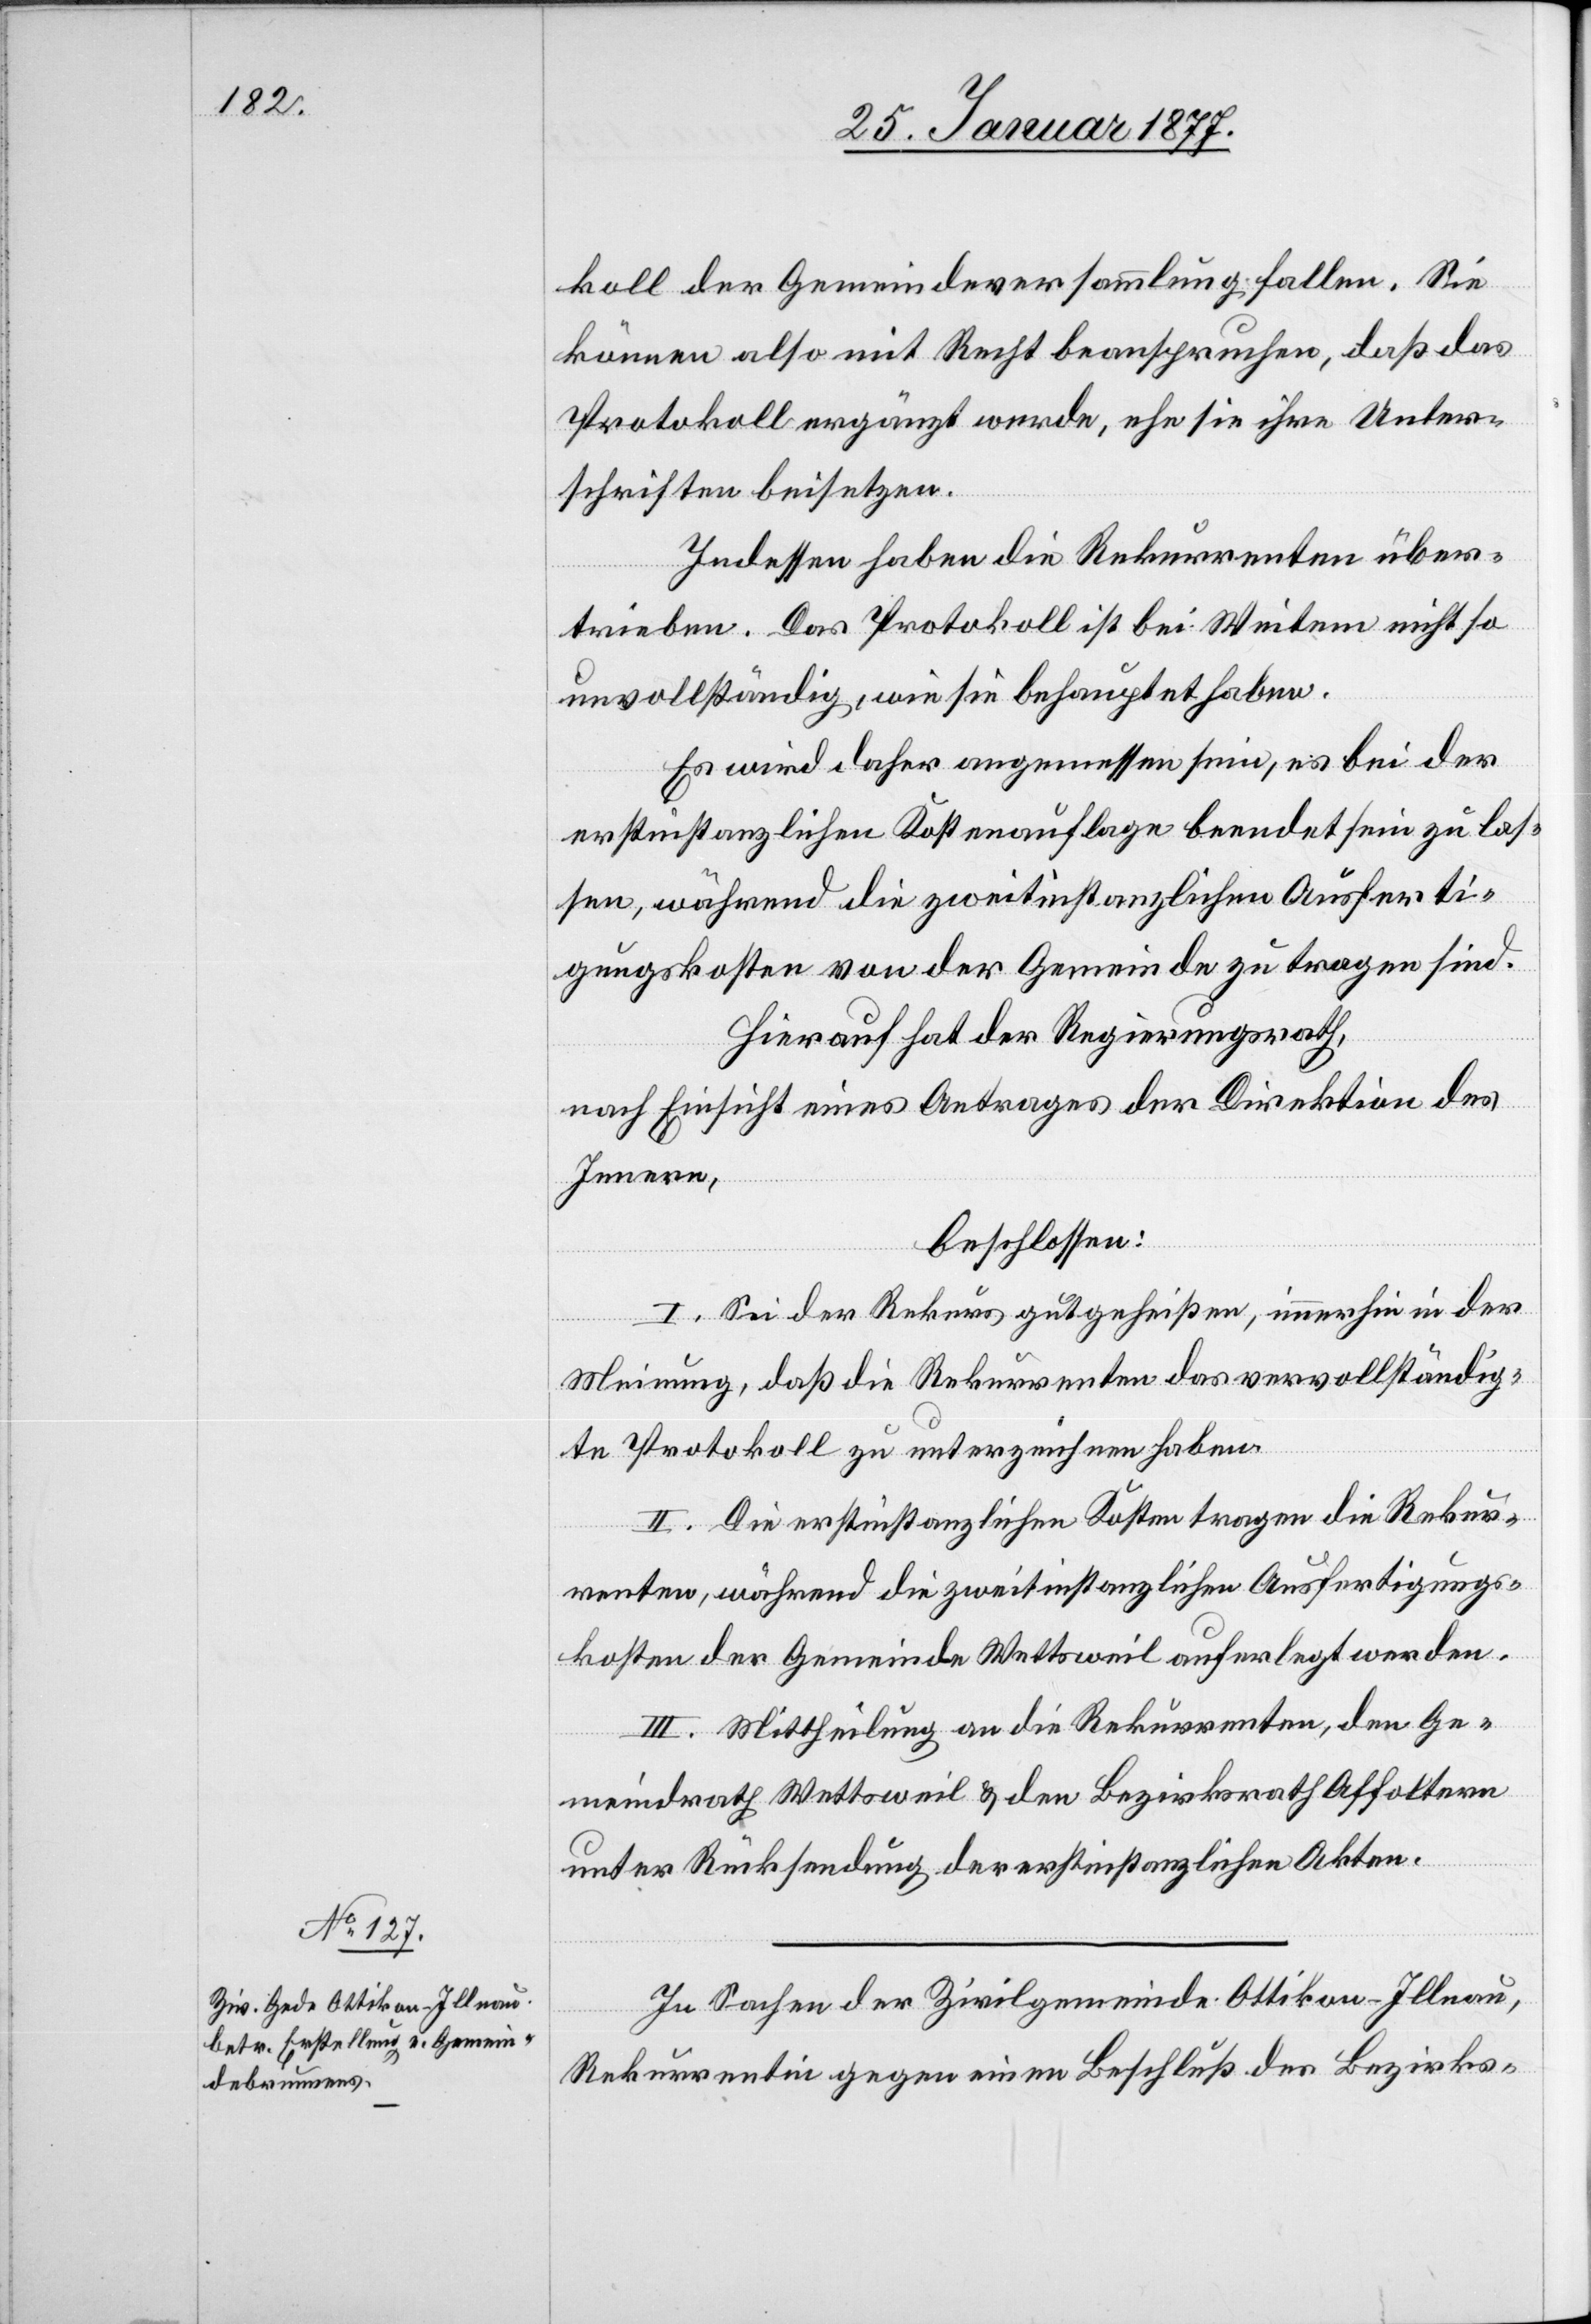
koll der Gemeindsversammlung fallen. Sie
können also mit Recht beanspruchen, daß das
Protokoll ergänzt werde, ehe sie ihre Unter¬
schriften beisetzen.
Indessen haben die Rekurrenten über¬
trieben. Das Protokoll ist bei Weitem nicht so
unvollständig, wie sie behauptet haben.
Es wird daher angemessen sein, es bei der
erstinstanzlichen Kostenauflage beendet sein zu las¬
sen, während die zweitinstanzlichen Ausferti¬
gungskosten von der Gemeinde zu tragen sind.
Hierauf hat der Regierungsrath,
nach Einsicht eines Antrages der Direktion des
Innern,
beschlossen:
I. Sei der Rekurs gutgeheißen, immerhin in der
Meinung, daß die Rekurrenten das vervollständig¬
te Protokoll zu unterzeichnen haben.
II. Die erstinstanzlichen Kosten tragen die Rekur¬
renten, während die zweitinstanzlichen Ausfertigungs¬
kosten der Gemeinde Wettsweil auferlegt werden.
III. Mittheilung an die Rekurrenten, den Ge¬
meindrath Wettsweil & den Bezirksrath Affoltern
unter Rücksendung der erstinstanzlichen Akten.
In Sachen der Zivilgemeinde Ottikon-Illnau,
Rekurrentin gegen einen Beschluß des Bezirks-